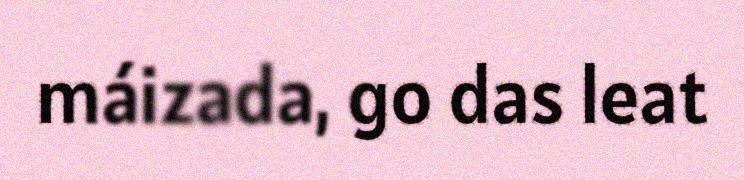
máizada, go das leat